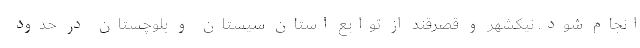
انجام شود. نیکشهر و قصرقند از توابع استان سیستان و بلوچستان در حدود